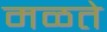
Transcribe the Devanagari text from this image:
मळते